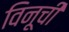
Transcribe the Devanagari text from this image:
विनूची